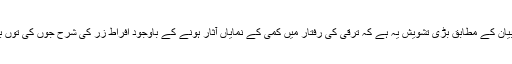
بینک کے بیان کے مطابق بڑی تشویش یہ ہے کہ ترقی کی رفتار میں کمی کے نمایاں آثار ہونے کے باوجود افراط زر کی شرح جوں کی توں برقرار ہے۔